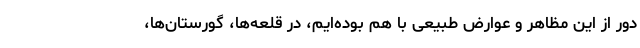
دور از این مظاهر و عوارض طبیعی با هم بوده‌ایم، در قلعه‌ها، گورستان‌ها،